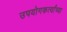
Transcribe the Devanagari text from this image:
उपयोगकर्त्यांच्या